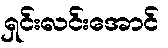
ရှင်းလင်းအောင်